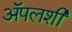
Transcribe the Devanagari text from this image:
अॅपलशी